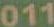
011